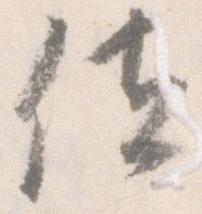
位